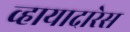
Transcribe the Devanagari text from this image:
व्हायादारेस